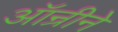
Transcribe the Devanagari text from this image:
ऑन्रीने